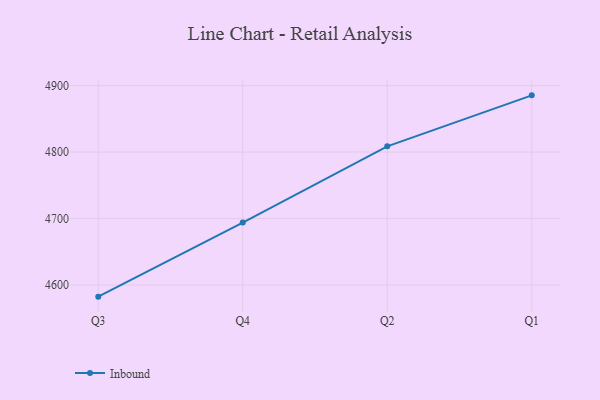
{"axis": {"x": "Quarter", "y": "Market Share (%)"}, "legend": ["Inbound"], "data": [{"x": "Q3", "y": 4582.4, "type": "Inbound"}, {"x": "Q4", "y": 4693.9, "type": "Inbound"}, {"x": "Q2", "y": 4808.6, "type": "Inbound"}, {"x": "Q1", "y": 4885.4, "type": "Inbound"}]}